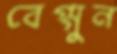
বেগ্গুন